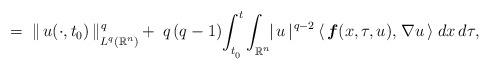
LaTeX: \begin{align*}= \;\|\, u(\cdot,t_0) \,\|_{\mbox{}_{\scriptstyle L^{q}(\mathbb{R}^{n})}} ^{\:\!q}\!\;\!+\:q \,(q - 1)\!\int_{\mbox{}_{\scriptstyle t_{\mbox{}_{0}}}}^{\:\!t}\!\;\!\int_{\mbox{}_{\scriptstyle \mathbb{R}^{n}}}\!\!|\,u\,|^{\:\!q - 2} \,\langle \,\mbox{\boldmath $f$}(x,\tau,u), \;\! \nabla u\,\rangle\;dx\,d\tau,\end{align*}